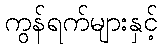
ကွန်ရက်များနှင့်